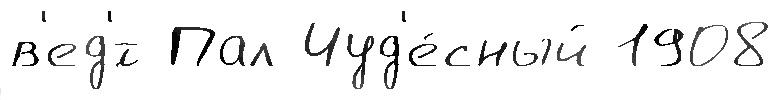
в'ед'́т Пал Чуд'е́сный 1908